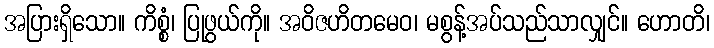
အပြားရှိသော။ ကိစ္စံ၊ ပြုဖွယ်ကို။ အဝိဇဟိတမေဝ၊ မစွန့်အပ်သည်သာလျှင်။ ဟောတိ၊